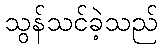
သွန်သင်ခဲ့သည်